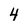
Character: 4